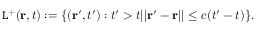
\mathtt { L } ^ { + } ( \mathbf { r } , t ) : = \{ ( \mathbf { r } ^ { \prime } , t ^ { \prime } ) : t ^ { \prime } > t | | \mathbf { r } ^ { \prime } - \mathbf { r } | | \leq c ( t ^ { \prime } - t ) \} .